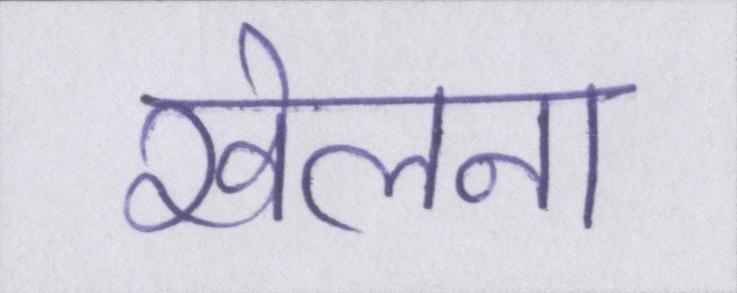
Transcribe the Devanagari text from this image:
खेलना